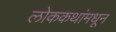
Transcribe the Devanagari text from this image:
लोककथांमधून